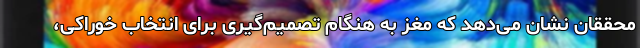
محققان نشان می‌دهد که مغز به هنگام تصمیم‌گیری برای انتخاب خوراکی،